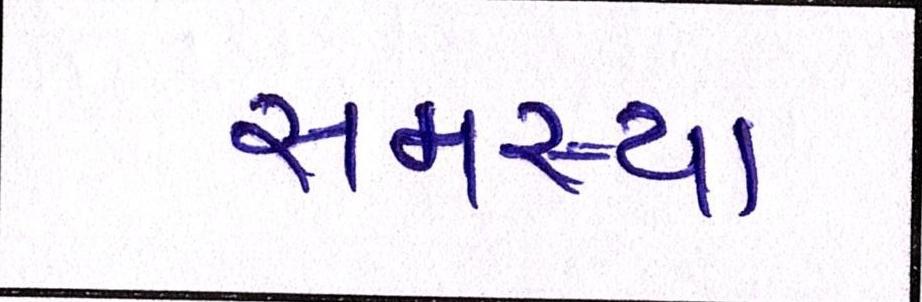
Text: સમસ્યા